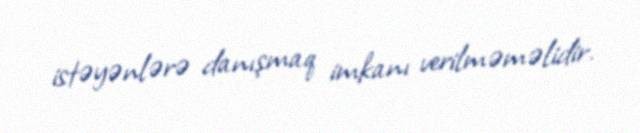
istəyənlərə danışmaq imkanı verilməməlidir.